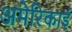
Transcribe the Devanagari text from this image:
अमेरिकाई